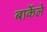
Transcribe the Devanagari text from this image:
बार्केले